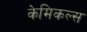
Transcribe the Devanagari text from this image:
केमिकल्‍स